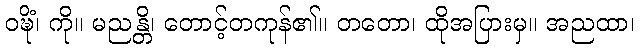
ဝဍ္ဎိံ၊ ကို။ မညန္တိ၊ တောင့်တကုန်၏။ တတော၊ ထိုအပြားမှ။ အညထာ၊